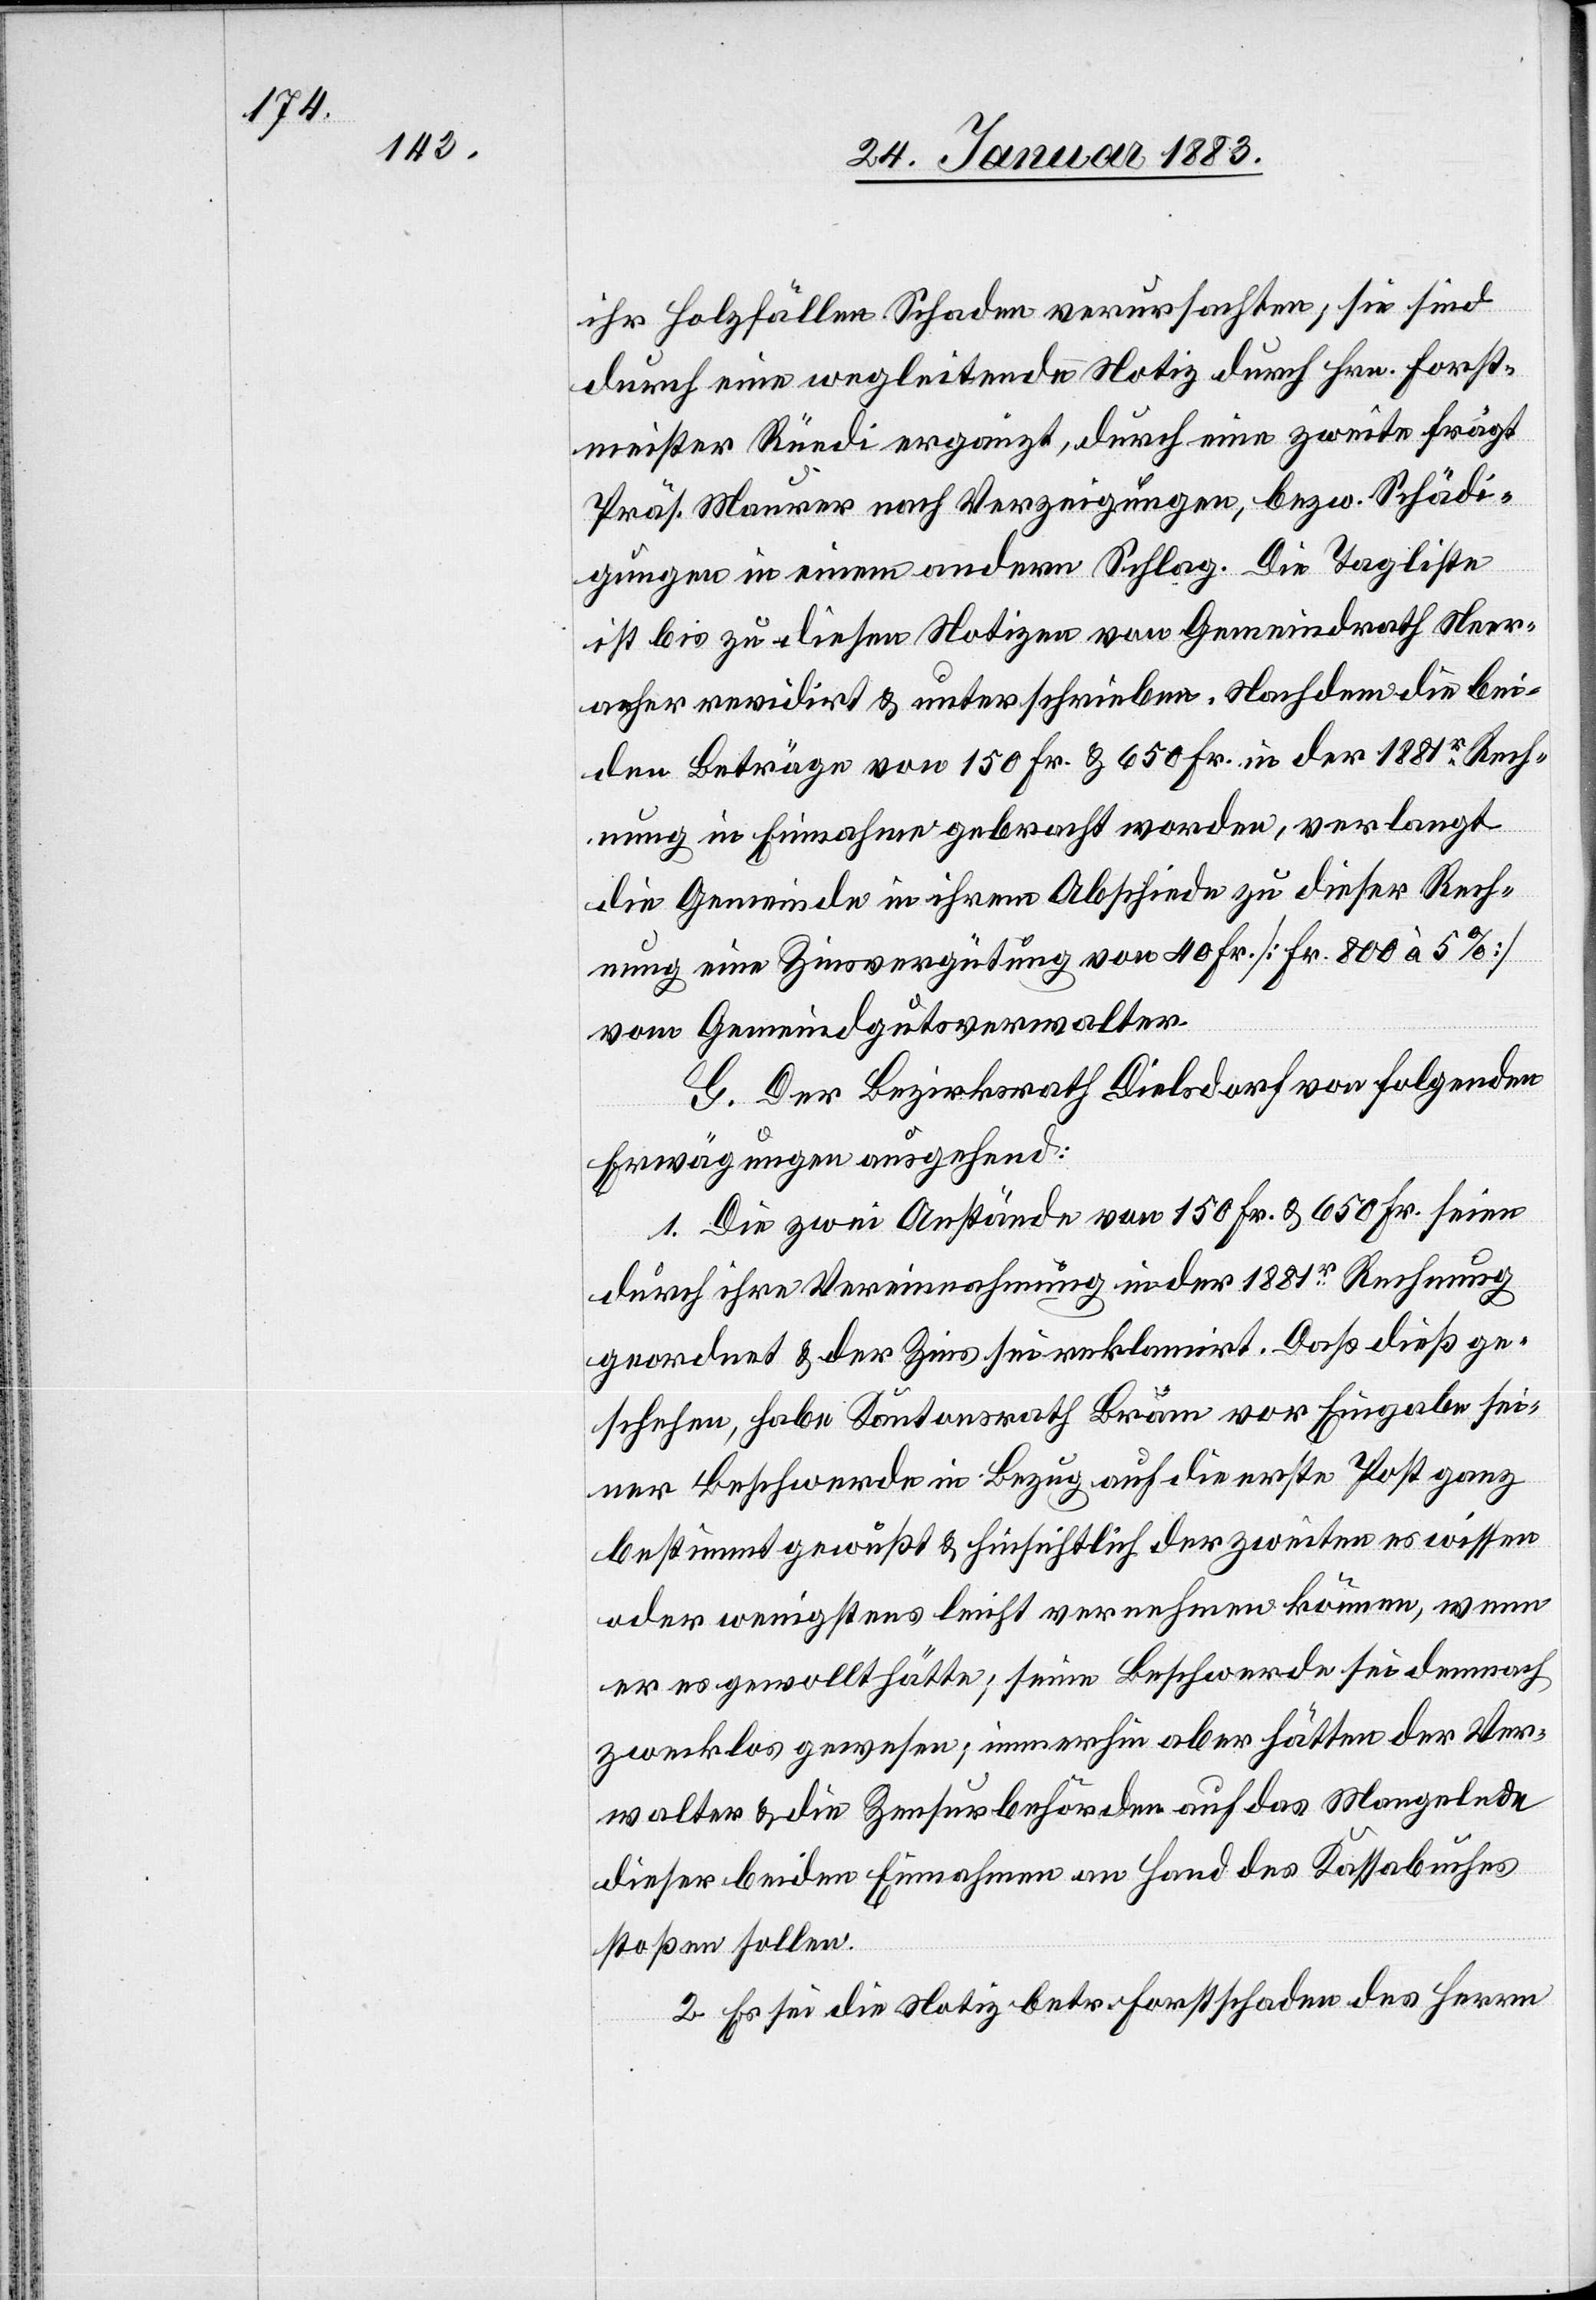
ihr Holzfällen Schaden verursachten; sie sind
durch eine wegleitende Notiz durch Hrn. Forst¬
meister Rüedi ergänzt, durch eine zweite frägt
Präs. Maurer nach Verzeigungen, bezw. Schädi¬
gungen in einem andern Schlag. Die Tagliste
ist bis zu diesen Notizen von Gemeindrath Neer¬
acher revidirt & unterschrieben. Nachdem die bei¬
den Beträge von 150 Fr. & 650 Fr. in der 1881r Rech¬
nung in Einnahme gebracht worden, verlangt
die Gemeinde in ihrem Abschiede zu dieser Rech¬
nung eine Zinsvergütung von 40 Fr. [Fr. 800 à 5%]
vom Gemeindgutsverwalter.
G. Der Bezirksrath Dielsdorf von folgenden
Erwägungen ausgehend:
1. Die zwei Anstände von 150 Fr. & 650 Fr. seien
durch ihre Vereinnahmung in der 1881r Rechnung
geordnet & der Zins sei reklamirt. Daß dieß ge¬
schehen, habe Kantonsrath Bräm vor Eingabe sei¬
ner Beschwerde in Bezug auf die erste Post ganz
bestimmt gewußt & hinsichtlich der zweiten es wissen
oder wenigstens leicht vernehmen können, wenn
er es gewollt hätte; seine Beschwerde sei demnach
zwecklos gewesen; immerhin aber hätten der Ver¬
walter & die Zensurbehörden auf das Mangelnde
dieser beiden Einnahmen an Hand des Kassabuches
stoßen sollen,
2. Es sei die Notiz betr. Forstschaden des Herrn